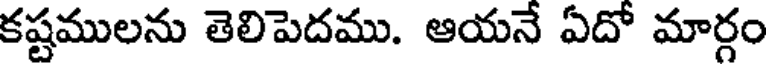
కష్టములను తెలిపెదము. ఆయనే ఏదో మార్గం